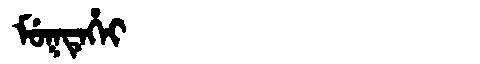
Manchu: ᠮᡠᡴᡨᡝᡥᡝᡳ
Romanization: MUKTEHEI